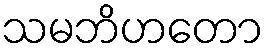
သမဘိဟတော